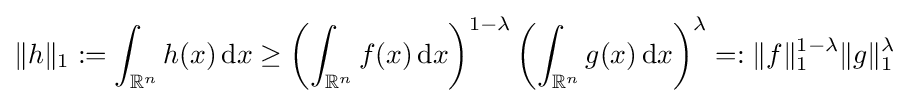
\|h\|_{1}:=\int _{\mathbb {R} ^{n}}h(x)\,\mathrm {d} x\geq \left(\int _{\mathbb {R} ^{n}}f(x)\,\mathrm {d} x\right)^{1-\lambda }\left(\int _{\mathbb {R} ^{n}}g(x)\,\mathrm {d} x\right)^{\lambda }=:\|f\|_{1}^{1-\lambda }\|g\|_{1}^{\lambda }